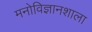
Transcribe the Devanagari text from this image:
मनोविज्ञानशाला